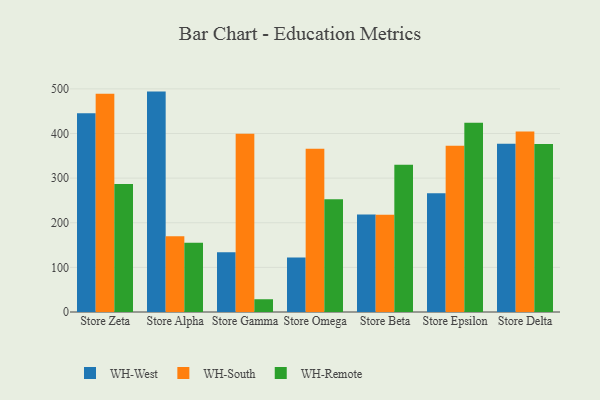
{"axis": {"x": "Store", "y": "Page Views"}, "legend": ["WH-Remote", "WH-South", "WH-West"], "data": [{"x": "Store Zeta", "y": 445.3, "type": "WH-West"}, {"x": "Store Zeta", "y": 489.1, "type": "WH-South"}, {"x": "Store Zeta", "y": 286.6, "type": "WH-Remote"}, {"x": "Store Alpha", "y": 493.9, "type": "WH-West"}, {"x": "Store Alpha", "y": 170.0, "type": "WH-South"}, {"x": "Store Alpha", "y": 155.4, "type": "WH-Remote"}, {"x": "Store Gamma", "y": 134.1, "type": "WH-West"}, {"x": "Store Gamma", "y": 399.5, "type": "WH-South"}, {"x": "Store Gamma", "y": 28.6, "type": "WH-Remote"}, {"x": "Store Omega", "y": 122.0, "type": "WH-West"}, {"x": "Store Omega", "y": 365.6, "type": "WH-South"}, {"x": "Store Omega", "y": 252.6, "type": "WH-Remote"}, {"x": "Store Beta", "y": 218.5, "type": "WH-West"}, {"x": "Store Beta", "y": 218.0, "type": "WH-South"}, {"x": "Store Beta", "y": 330.2, "type": "WH-Remote"}, {"x": "Store Epsilon", "y": 266.2, "type": "WH-West"}, {"x": "Store Epsilon", "y": 372.3, "type": "WH-South"}, {"x": "Store Epsilon", "y": 423.9, "type": "WH-Remote"}, {"x": "Store Delta", "y": 377.3, "type": "WH-West"}, {"x": "Store Delta", "y": 404.4, "type": "WH-South"}, {"x": "Store Delta", "y": 376.3, "type": "WH-Remote"}]}